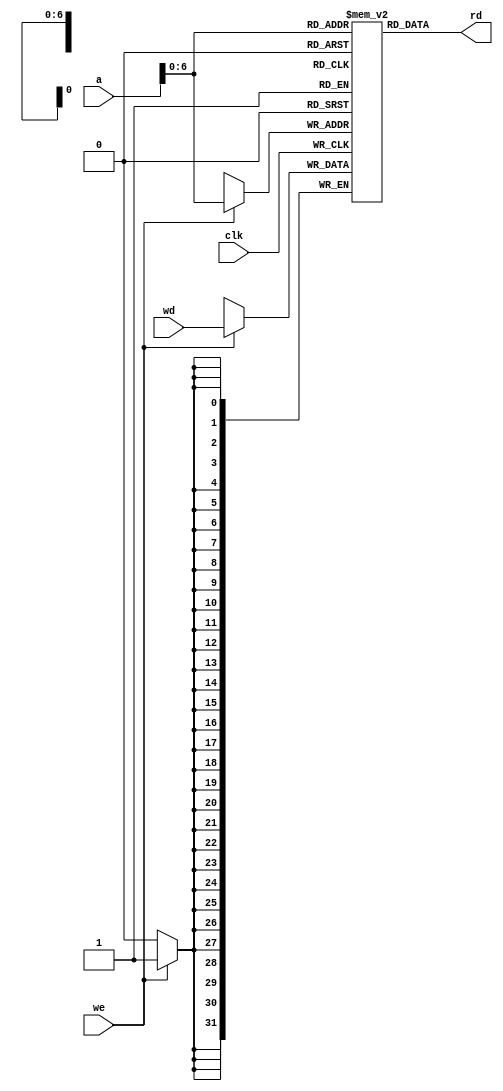
module dm 
	(
		input clk, we,
		input [31:0] a, wd,
		output [31:0] rd
		);

	reg [31:0] dm [100:0];
	assign rd=dm[a];
	always@(posedge clk)
	  if(we)
	  	dm[a] <= wd;
endmodule